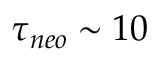
\tau _ { n e o } \sim 1 0